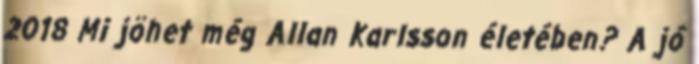
2018 Mi jöhet még Allan Karlsson életében? A jó